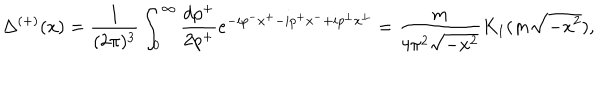
\Delta ^ { ( + ) } ( x ) = \frac { 1 } { ( 2 \pi ) ^ { 3 } } \int _ { 0 } ^ { \infty } \frac { d p ^ { + } } { 2 p ^ { + } } e ^ { - i p ^ { - } x ^ { + } - i p ^ { + } x ^ { - } + i p ^ { \bot } x ^ { \bot } } = \frac { m } { 4 \pi ^ { 2 } \sqrt { - x ^ { 2 } } } K _ { 1 } ( m \sqrt { - x ^ { 2 } } ) ,